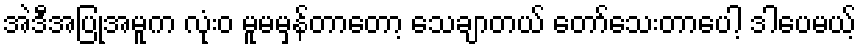
အဲဒီအပြုအမူက လုံးဝ မူမမှန်တာတော့ သေချာတယ် တော်သေးတာပေါ့ ဒါပေမယ့်